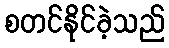
စတင်နိုင်ခဲ့သည်